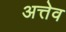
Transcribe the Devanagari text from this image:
अत्तेव